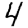
Digit: 4